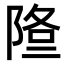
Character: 𨹿